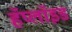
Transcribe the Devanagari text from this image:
हॅप्लॉइड